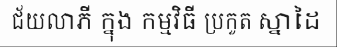
ជ័យលាភី ក្នុង កម្មវិធី ប្រកួត ស្នាដៃ